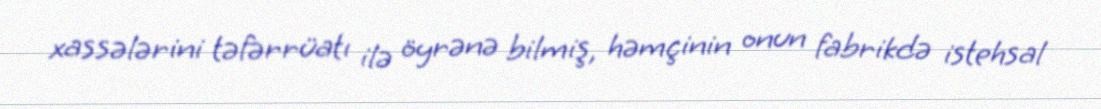
xassələrini təfərrüatı ilə öyrənə bilmiş, həmçinin onun fabrikdə istehsal